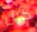
كيل